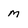
Character: m